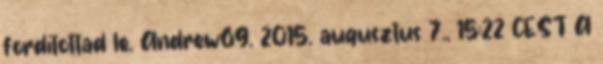
fordítottad le. Andrew69. 2015. augusztus 7., 15:22 CEST A